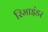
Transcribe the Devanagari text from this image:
रिमाइंडर